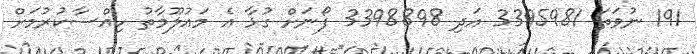
191 ނުވަތަ 3395981 އަދި 3398898 ފޯނަށް ގުޅާ އެ މައުލޫމާތު ހިއްސާކުރުމަށް